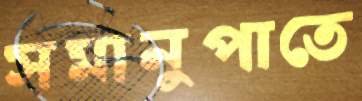
সমানুপাতে